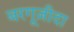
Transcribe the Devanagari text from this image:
बरगूज़ीदा